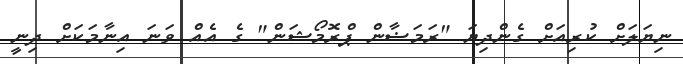
ނިޔަލަށް ކުރިއަށް ގެންދިޔަ "ރަމަޟާން ޕްރޮމޯޝަން" ގެ އެއް ވަނަ އިނާމަކަށް ދިނީ